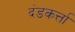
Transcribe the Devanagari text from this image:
दंडकर्त्ता